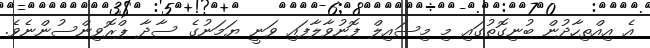
އެ އިއްތިހާދުން ބުނިގޮތުގައި މި މިސައިލް ފޮނުވާލާފައި ވަނީ ޔަމަނުގެ ސާދާ ޕްރޮވިންސުންނެވެ.